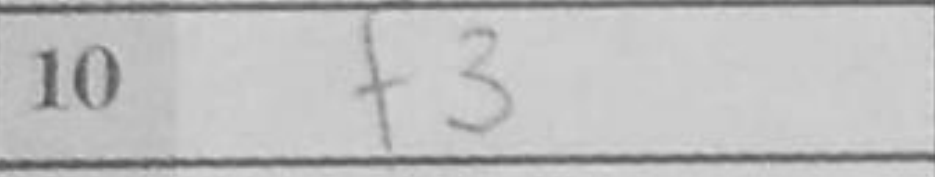
Transcription: f3